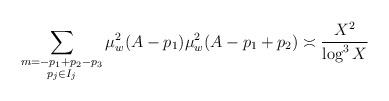
\begin{align*} \sum_{\substack{m = - p_1 + p_2 - p_3 \\ p_j \in I_j}} \mu^2_w(A - p_1) \mu^2_w(A - p_1 + p_2) \asymp \frac{X^2}{\log^3 X}\end{align*}